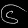
Digit: ၆